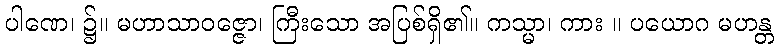
ပါဏေ၊ ၌။ မဟာသာဝဇ္ဇော၊ ကြီးသော အပြစ်ရှိ၏။ ကသ္မာ၊ ကား ။ ပယောဂ မဟန္တ